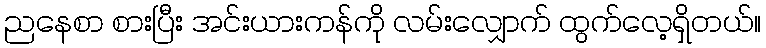
ညနေစာ စားပြီး အင်းယားကန်ကို လမ်းလျှောက် ထွက်လေ့ရှိတယ်။